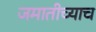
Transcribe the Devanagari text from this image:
जमातीच्याच